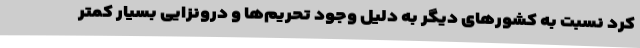
کرد نسبت به کشورهای دیگر به دلیل وجود تحریم‌ها و درونزایی بسیار کمتر